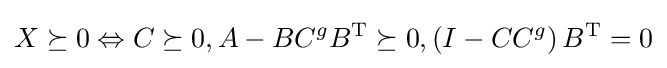
X\succeq 0\Leftrightarrow C\succeq 0,A-BC^{g}B^{\mathrm {T} }\succeq 0,\left(I-CC^{g}\right)B^{\mathrm {T} }=0